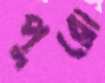
পুরো